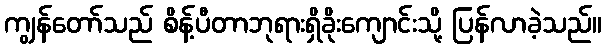
ကျွန်တော်သည် စိန့်ပီတာဘုရားရှိခိုးကျောင်းသို့ ပြန်လာခဲ့သည်။